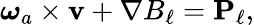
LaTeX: {\boldsymbol{\omega}}_{a}\times{\mathbf v}+\nabla B_{\ell}={\mathbf P}_{\ell},